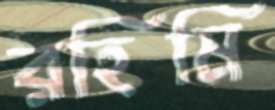
রহিমি